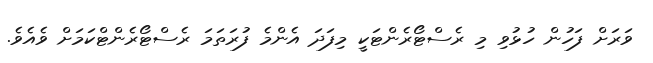
ވަރަށް ފަހުން ހުޅުވި މި ރެސްޓޯރެންޓަކީ މިފަދަ އެންމެ ފުރަތަމަ ރެސްޓޯރެންޓްކަމަށް ވެއެވެ.